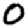
Digit: 0